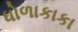
ધોળાકાકા